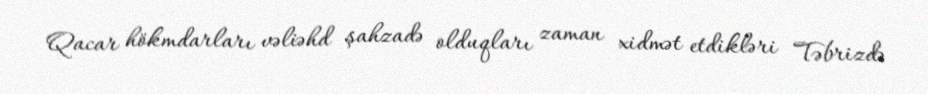
Qacar hökmdarları vəliəhd şahzadə olduqları zaman xidmət etdikləri Təbrizdə